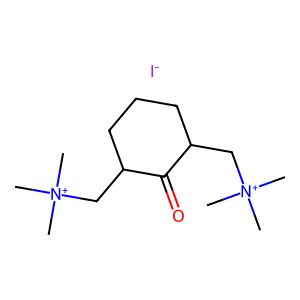
SMILES: C[N+](C)(C)CC1CCCC(C[N+](C)(C)C)C1=O.[I-]
Inhibits HIV replication: No